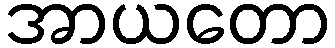
အာယတော